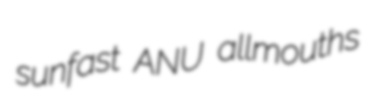
sunfast ANU allmouths